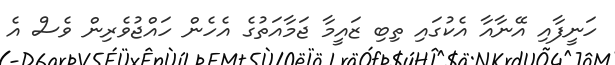
ހަނީފާއި އޭނާއާ އެކުގައި ތިބި ޒައީމާ ޖަމާއަތުގެ އެހެން ހައްޖުވެރިން ވެސް އެ